Vaccination in Bombay 1924-1928 - 1924-1928
Year: 1924
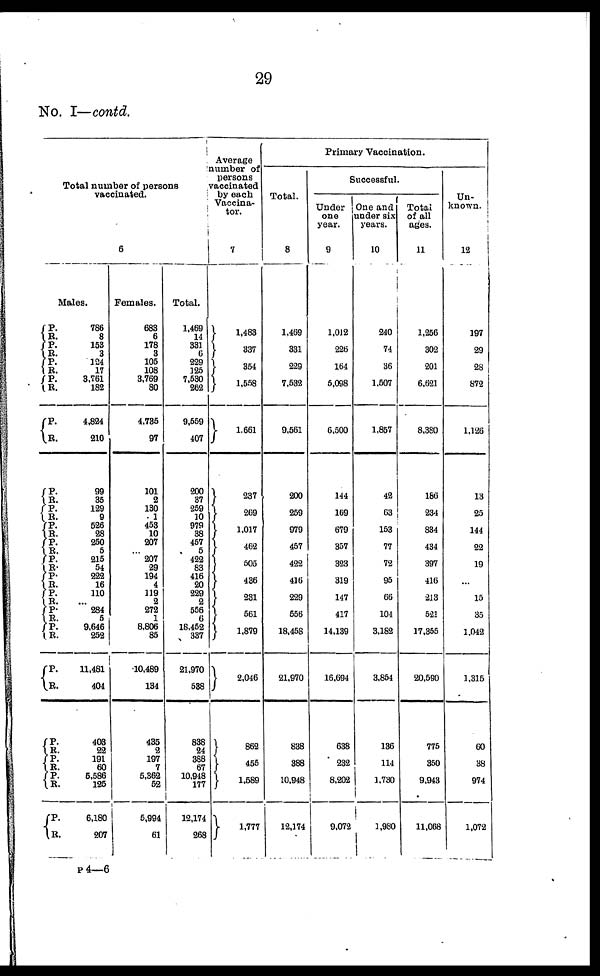
29
No. I—contd.
Total number of persons
vaccinated.
6
Males.
P.
R.
P. R.
P. R.
P. R.
P.
R.
P. R.
P. R.
P.
R.
P. R.
P. R.
P.
R.
P.
R.
P.
R.
P. R.
P.
R.
P.
R.
P.
R. P.
R.
P.
R.
786
8
153
3
124
17
3,761
182
4,824
210
99
35
129
9
526
28
250
5
215
54
222
16
110
...
284
5
9,646
252
11,481
404
403
22
191
60
5,586
125
6,180
207
Females.
683
6
178
3
105
108
3,769
80
4,735
97
101
2
130
1
453
10
207
...
207
29
194
4
119
2
272
1
8,806
85
10,489
134
435
2
197
7
5,362
52
5,994
61
Total.
1,469
14
331
6
229
125
7,530
262
9,559
407
200
37
259
10
979
38
457
5
422
83
416
20
229
2
556
6
18,452
337
21,970
538
838
24
388
67
10,948
177
12,174
268
Average
number of
persons
vaccinated
by each
Vaccina¬
tor.
7
1,483
337
354
1,558
1,661
237
269
1,017
462
505
436
231
561
1,879
2,046
862
455
1,589
1,777
Primary Vaccination.
Total.
8
1,469
331
229
7,532
9,561
200
259
979
457
422
416
229
556
18,458
21,970
838
388
10,948
12,174
Successful.
Under
one
year.
9
1,012
226
164
5,098
6,500
144
169
679
357
323
319
147
417
14,139
16,694
638
232
8,202
9,072
One and
under six
years.
10
240
74
36
1,507
1,857
42
63
153
77
72
95
66
104
3,182
3,854
136
114
1,730
1,980
Total
of all
ages.
11
1,256
302
201
6,621
8,380
186
234
834
434
397
416
213
521
17,355
20,590
775
350
9,943
11,068
Un-
known.
12
197
29
28
872
1,126
13
25
144
22
19
...
15
35
1,042
1,315
60
38
974
1,072
P 4—6